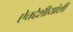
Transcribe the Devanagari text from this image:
ऐत्तद्देशीयांशी